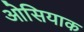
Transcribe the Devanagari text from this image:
ओसियाक